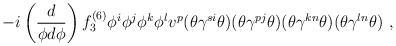
\begin{align*}-i \left( \frac{d}{\phi d \phi} \right) f^{(6)}_3 \phi^i \phi^j \phi^k \phi^l v^p (\theta \gamma^{si} \theta) (\theta \gamma^{pj} \theta)(\theta \gamma^{kn} \theta)(\theta \gamma^{ln} \theta) ~ ,\end{align*}